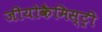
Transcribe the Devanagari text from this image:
जीयोकैमिस्ट्री